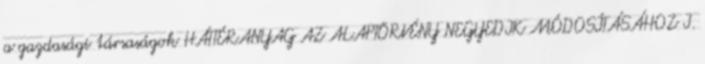
a gazdasági társaságok HÁTTÉRANYAG AZ ALAPTÖRVÉNY NEGYEDIK MÓDOSÍTÁSÁHOZ I.